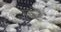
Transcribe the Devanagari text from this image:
रकूटें